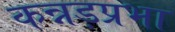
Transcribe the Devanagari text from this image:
कन्नड़प्रभा